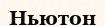
Ньютон